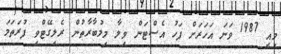
މިއީ 1987 ވަނަ އަހަރަށް ފަހު އެސްޓަން ވިލާ މިމުބާރާތުން ރެލިގޭޓްވި ފުރަތަމަ